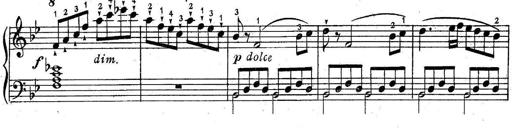
Title: 6 Easy Sonatinas
Composer: Carl Czerny